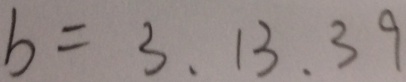
b = 3 , 1 3 , 3 9